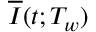
\overline { { I } } ( t ; T _ { w } )